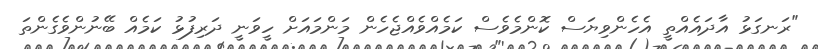
"ރަނގަޅު އާދައެއްތީ އެހެންވިޔަސް ކޮންމެވެސް ކަމެއްވެއްޖެހެން މަންމައަށް ހީވަނީ ދަރިފުޅު ކަމެއް ބޭނުންވެގެންތަ